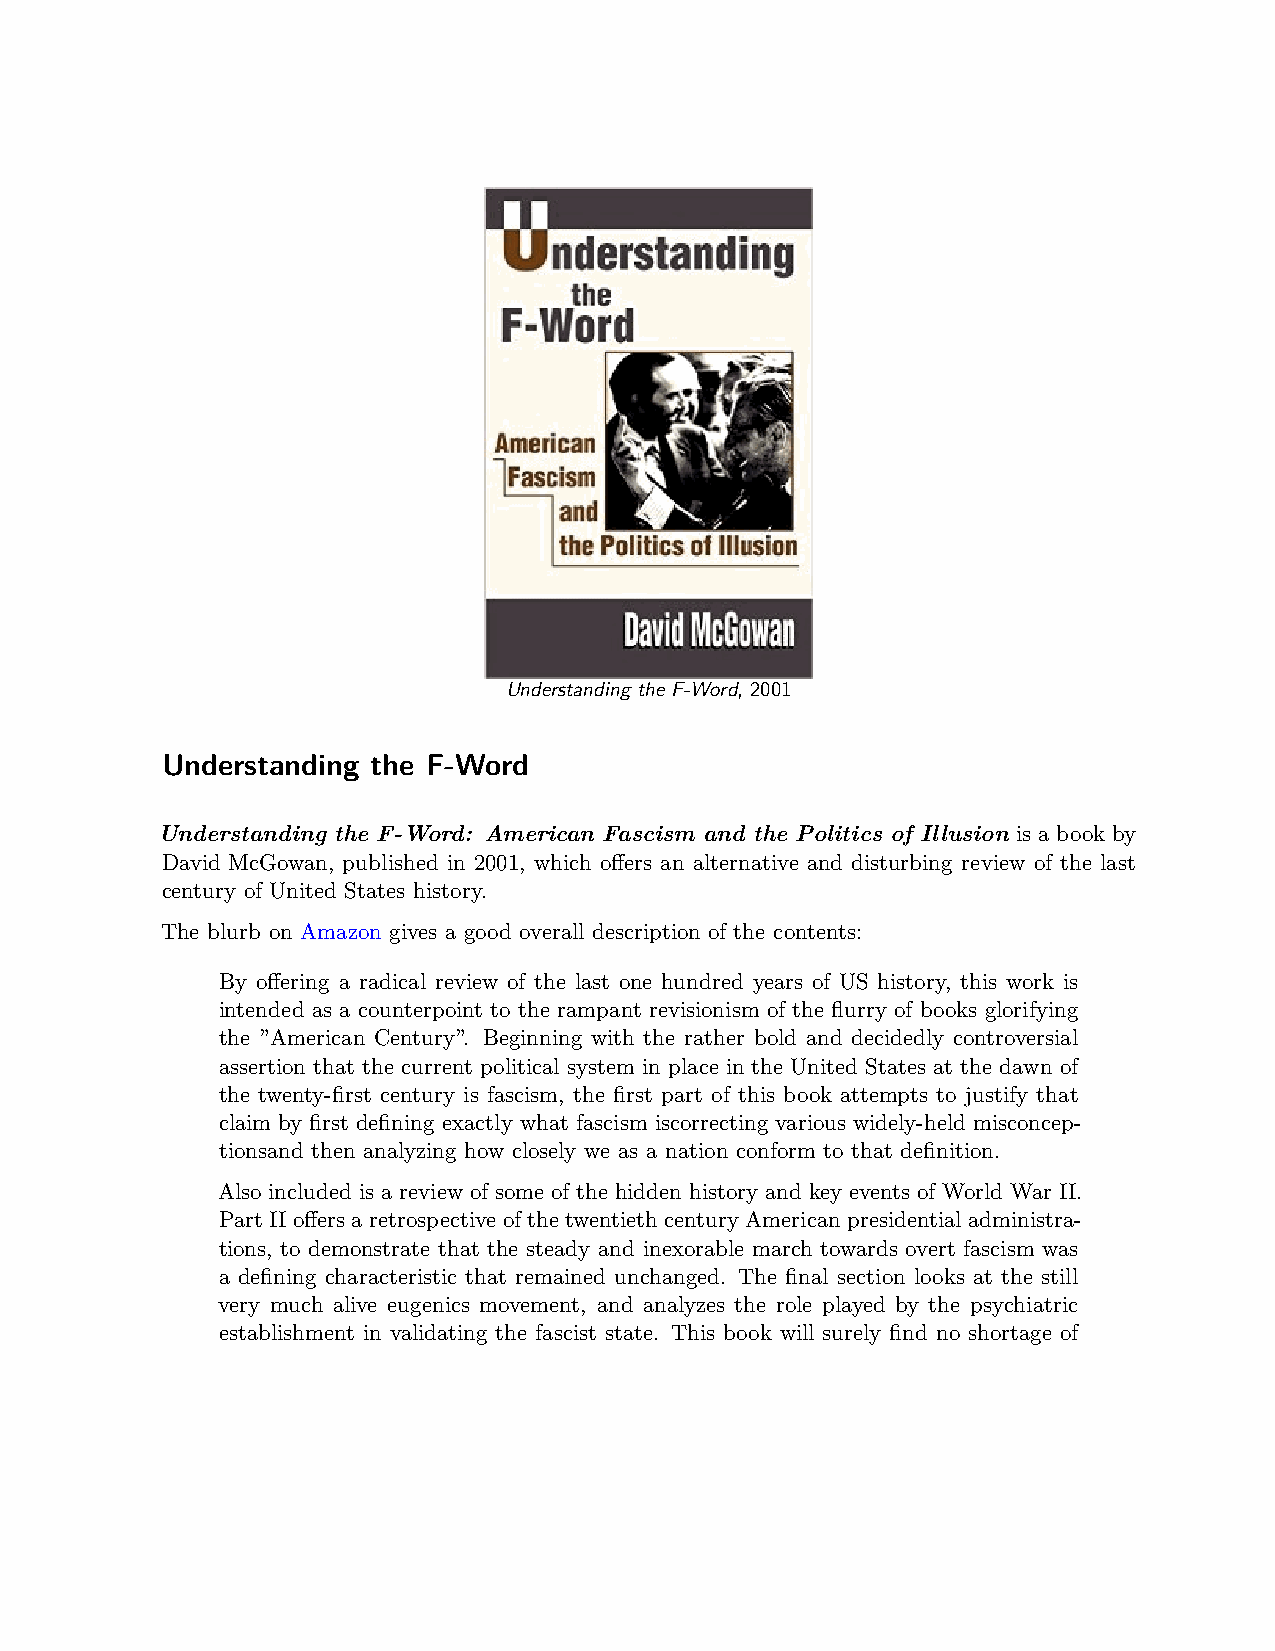
Understanding the F-Word, 2001
 Understanding the F-Word
 Understanding the F-Word: American Fascism and the Politics of Illusion is a book by
 David McGowan, published in 2001, which offers an alternative and disturbing review of the last
 century of United States history.
 The blurb on Amazon gives a good overall description of the contents:
 By offering a radical review of the last one hundred years of US history, this work is
 intended as a counterpoint to the rampant revisionism of the flurry of books glorifying
 the ”American Century”. Beginning with the rather bold and decidedly controversial
 assertion that the current political system in place in the United States at the dawn of
 the twenty-first century is fascism, the first part of this book attempts to justify that
 claim by first defining exactly what fascism iscorrecting various widely-held misconcep-
 tionsand then analyzing how closely we as a nation conform to that definition.
 Also included is a review of some of the hidden history and key events of World War II.
 Part II offers a retrospective of the twentieth century American presidential administra-
 tions, to demonstrate that the steady and inexorable march towards overt fascism was
 a defining characteristic that remained unchanged. The final section looks at the still
 very much alive eugenics movement, and analyzes the role played by the psychiatric
 establishment in validating the fascist state. This book will surely find no shortage of